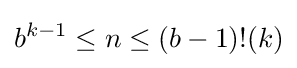
b^{k-1}\leq n\leq (b-1)!(k)